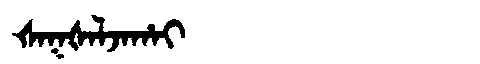
Manchu: ᡧᠠᡴᡧᠠᠯᠵᠠᡥᠠᡳ
Romanization: ŠAKŠALJAHAI